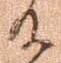
及